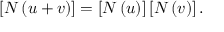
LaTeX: \left[ N \left( u + v \right) \right] = \left[ N \left( u \right) \right] \left[ N \left( v \right) \right] .